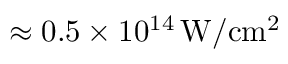
\approx 0 . 5 \times 1 0 ^ { 1 4 } \, \mathrm { W / c m ^ { 2 } }